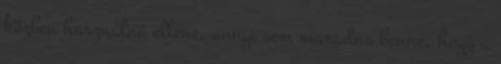
közben használná ellene, annyi sem maradna benne, hogy a